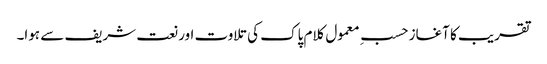
تقریب کا آغاز حسبِ معمول کلام پاک کی تلاوت اور نعت شریف سے ہوا۔